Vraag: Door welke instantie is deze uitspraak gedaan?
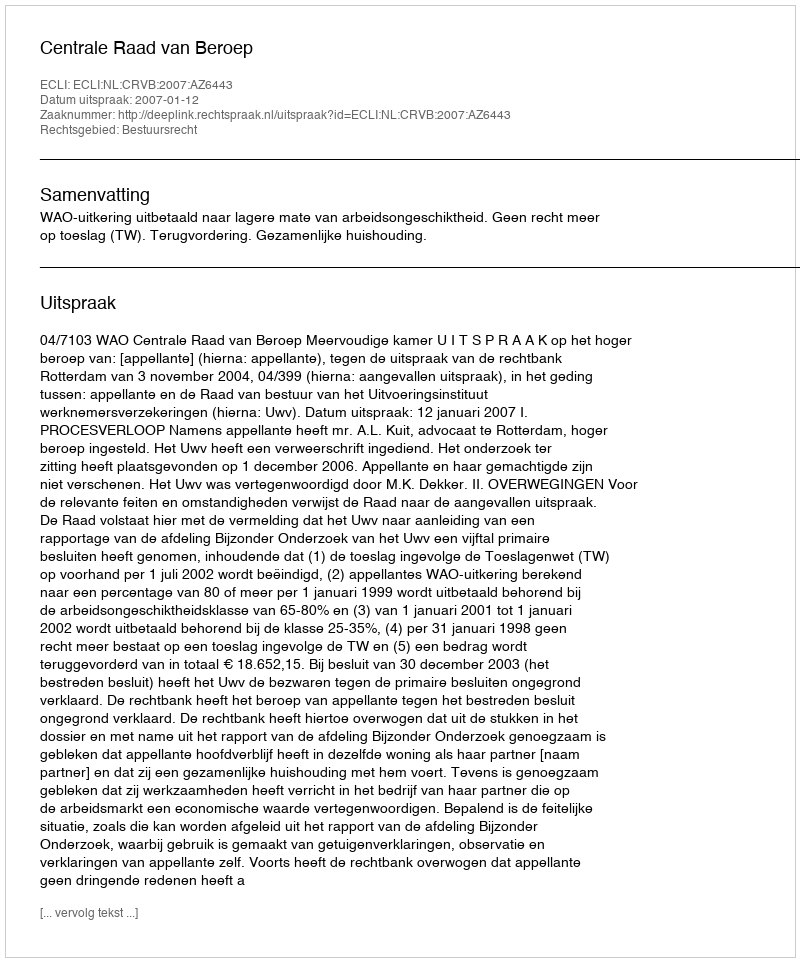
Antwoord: Centrale Raad van Beroep